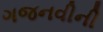
ગજનવીની